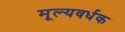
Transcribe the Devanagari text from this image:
मूल्यवर्धक